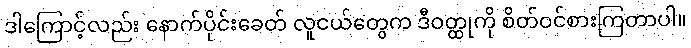
ဒါကြောင့်လည်း နောက်ပိုင်းခေတ် လူငယ်တွေက ဒီဝတ္ထုကို စိတ်ဝင်စားကြတာပါ။